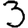
Digit: 3